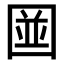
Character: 𪢭